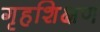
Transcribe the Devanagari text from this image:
गृहशिक्षण